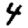
Digit: 4